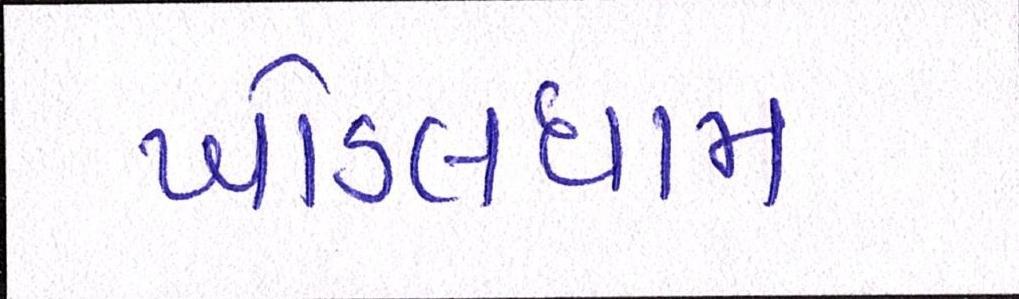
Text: ખોડલધામ